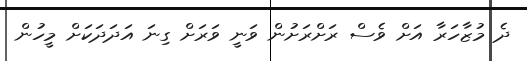
ދެ މުޒާހަރާ އަށް ވެސް ރަށްރަށުން ވަނީ ވަރަށް ގިނަ އަދަދަކަށް މީހުން